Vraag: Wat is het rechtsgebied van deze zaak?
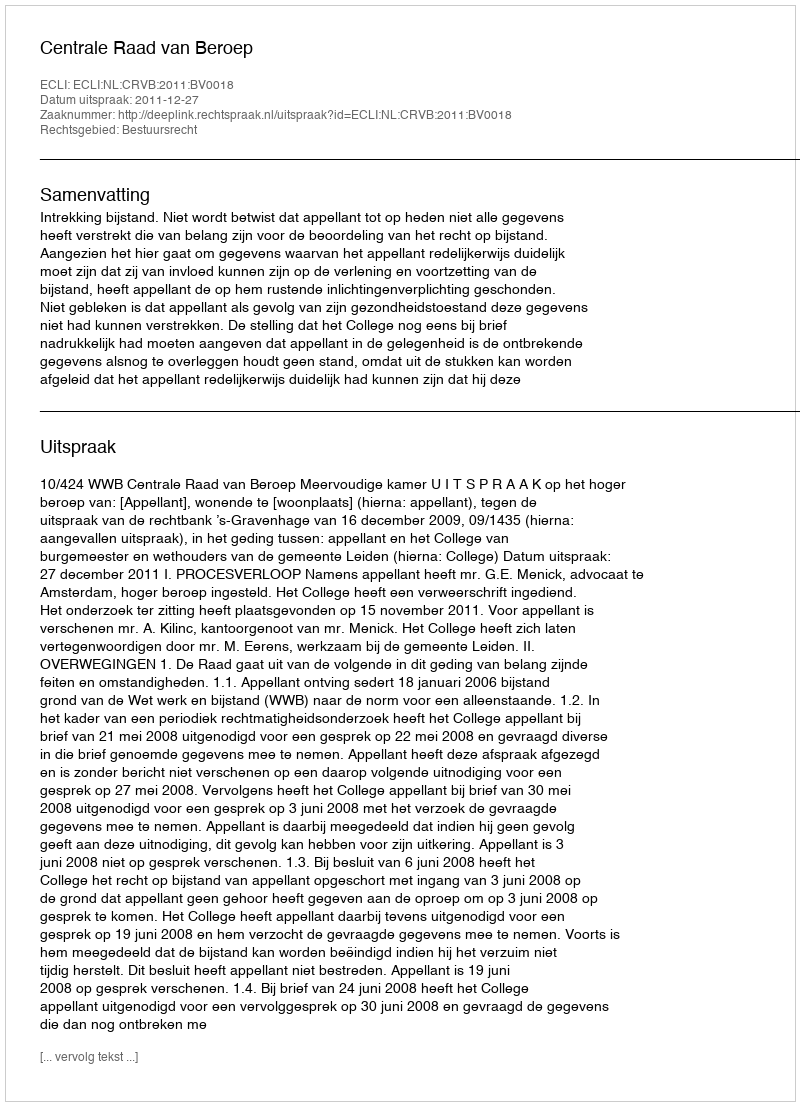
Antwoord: Bestuursrecht